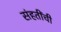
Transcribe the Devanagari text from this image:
संहतींची